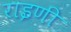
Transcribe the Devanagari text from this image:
राइणी